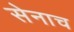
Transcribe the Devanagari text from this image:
सेनाच